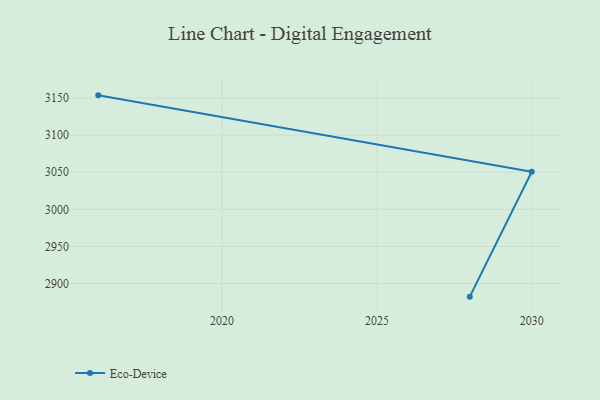
{"axis": {"x": "Year", "y": "Conversion Rate (%)"}, "legend": ["Eco-Device"], "data": [{"x": "2016", "y": 3153.6, "type": "Eco-Device"}, {"x": "2030", "y": 3050.8, "type": "Eco-Device"}, {"x": "2028", "y": 2882.4, "type": "Eco-Device"}]}